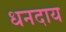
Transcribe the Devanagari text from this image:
धनदाय